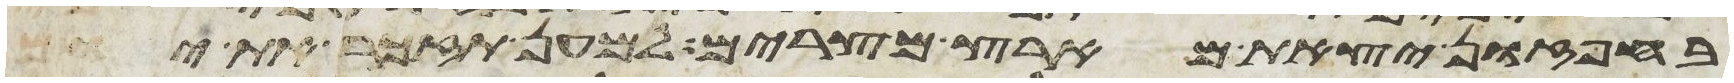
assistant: בחפזון יצאת מארץ מצרים למען תזכר את יום